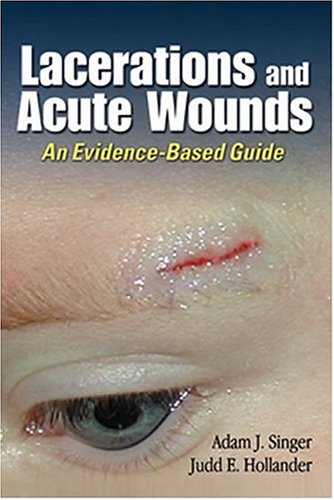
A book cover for Lacerations and Acute Wounds: An Evidence-Based Guide; Adam J. Singer; Medical Books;